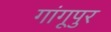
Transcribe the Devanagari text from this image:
गांगूपुर